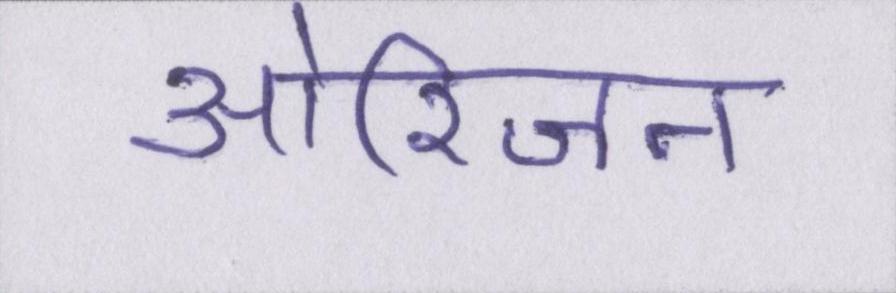
ओरिजन